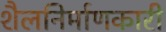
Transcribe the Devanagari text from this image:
शैलनिर्माणकारी